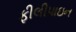
ફીલીપાઇન